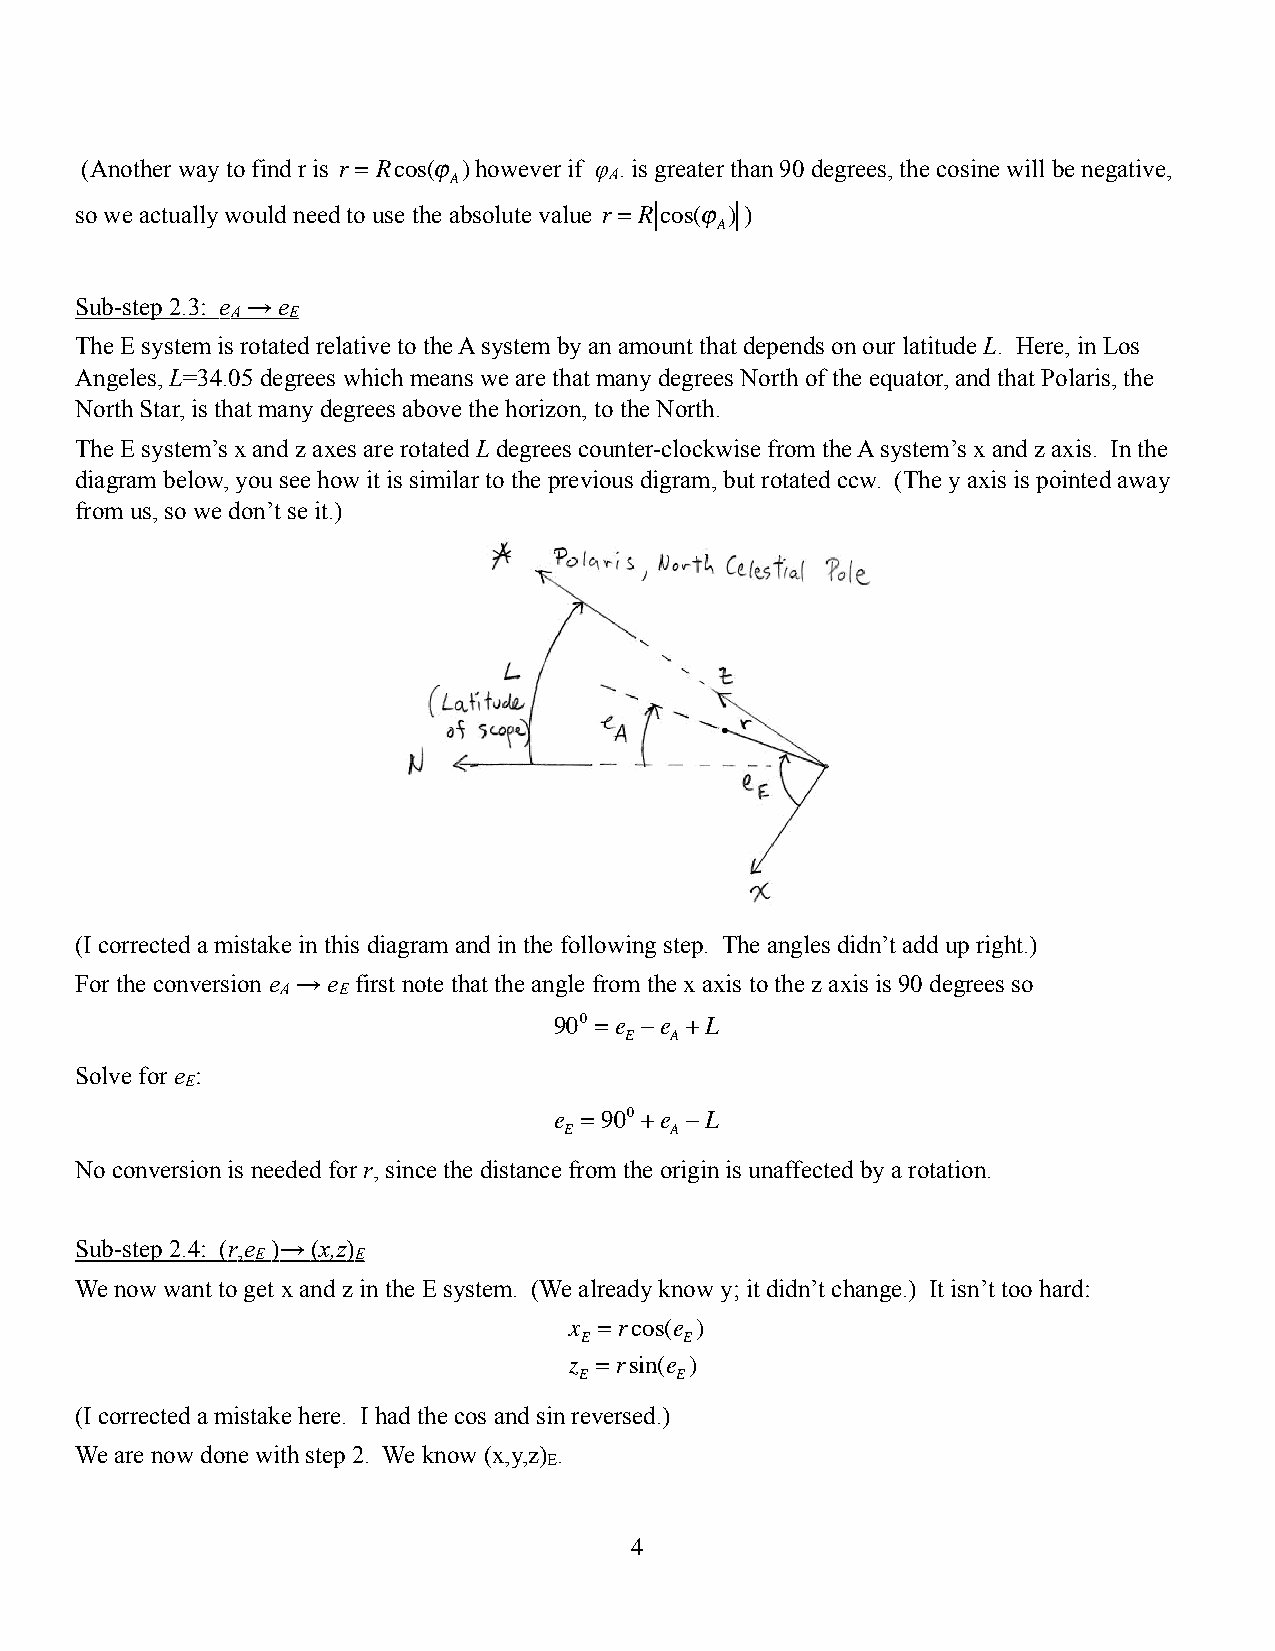
(Another way to find r is r = Rcos(ϕ )however if φ . is greater than 90 degrees, the cosine will be negative,
 A
 A
 so we actually would need to use the absolute value r = R cos(ϕ ) )
 A
 Sub-step 2.3: e → e
 A   E
 The E system is rotated relative to the A system by an amount that depends on our latitude L. Here, in Los
 Angeles, L=34.05 degrees which means we are that many degrees North of the equator, and that Polaris, the
 North Star, is that many degrees above the horizon, to the North.
 The E system’s x and z axes are rotated L degrees counter-clockwise from the A system’s x and z axis. In the
 diagram below, you see how it is similar to the previous digram, but rotated ccw. (The y axis is pointed away
 from us, so we don’t se it.)
 (I corrected a mistake in this diagram and in the following step. The angles didn’t add up right.)
 For the conversion e → e first note that the angle from the x axis to the z axis is 90 degrees so
 A  E
 900 =e −e +L
 E  A
 Solve for e :
 E
 e =900 +e −L
 E      A
 No conversion is needed for r, since the distance from the origin is unaffected by a rotation.
 Sub-step 2.4: (r,e )→ (x,z)
 E     E
 We now want to get x and z in the E system. (We already know y; it didn’t change.) It isn’t too hard:
 x =rcos(e )
 E      E
 z =rsin(e )
 E      E
 (I corrected a mistake here. I had the cos and sin reversed.)
 We are now done with step 2. We know (x,y,z) .
 E
 4